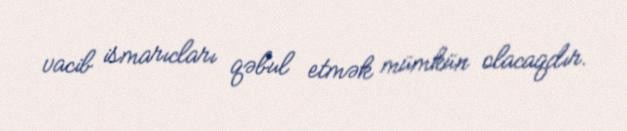
vacib ismarıcları qəbul etmək mümkün olacaqdır.